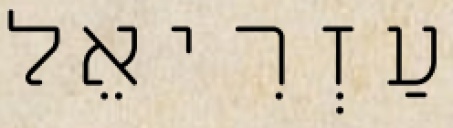
עַזְרִיאֵל